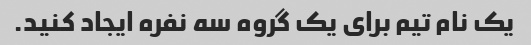
یک نام تیم برای یک گروه سه نفره ایجاد کنید.